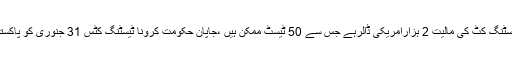
جاپان نے پاکستان کو کرونا وائرس کی 4 ٹیسٹنگ کٹس عطیہ کرنے کا اعلان کردیا،ایک ٹیسٹنگ کٹ کی مالیت 2 ہزارامریکی ڈالرہے جس سے 50 ٹیسٹ ممکن ہیں ،جاپان حکومت کرونا ٹیسٹنگ کٹس 31 جنوری کو پاکستان کےلئے روانہ کرے گی،جاپان سے کرونا ٹیسٹنگ کٹس2 فروری کو پاکستان پہنچیں گی۔